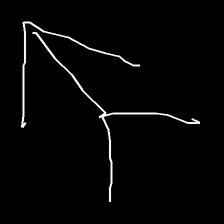
Glyph: gather